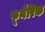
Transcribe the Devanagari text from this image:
फूमैरिक